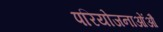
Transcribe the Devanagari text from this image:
परियोजनाओंऔ